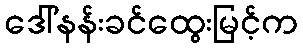
ဒေါ်နန်းခင်ထွေးမြင့်က